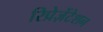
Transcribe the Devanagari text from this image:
रिप्रेज़ेंटेशन